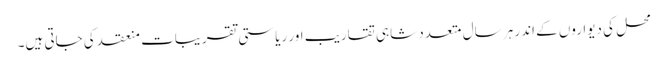
محل کی دیواروں کے اندر ہر سال متعدد شاہی تقاریب اور ریاستی تقریبات منعقد کی جاتی ہیں۔